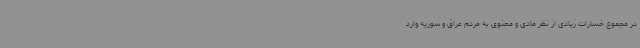
در مجموع خسارات زیادی از نظر مادی و معنوی به مردم عراق و سوریه وارد